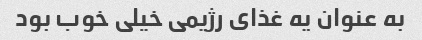
به عنوان یه غذای رژیمی خیلی خوب بود